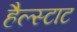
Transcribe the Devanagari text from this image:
हैल्स्टाट